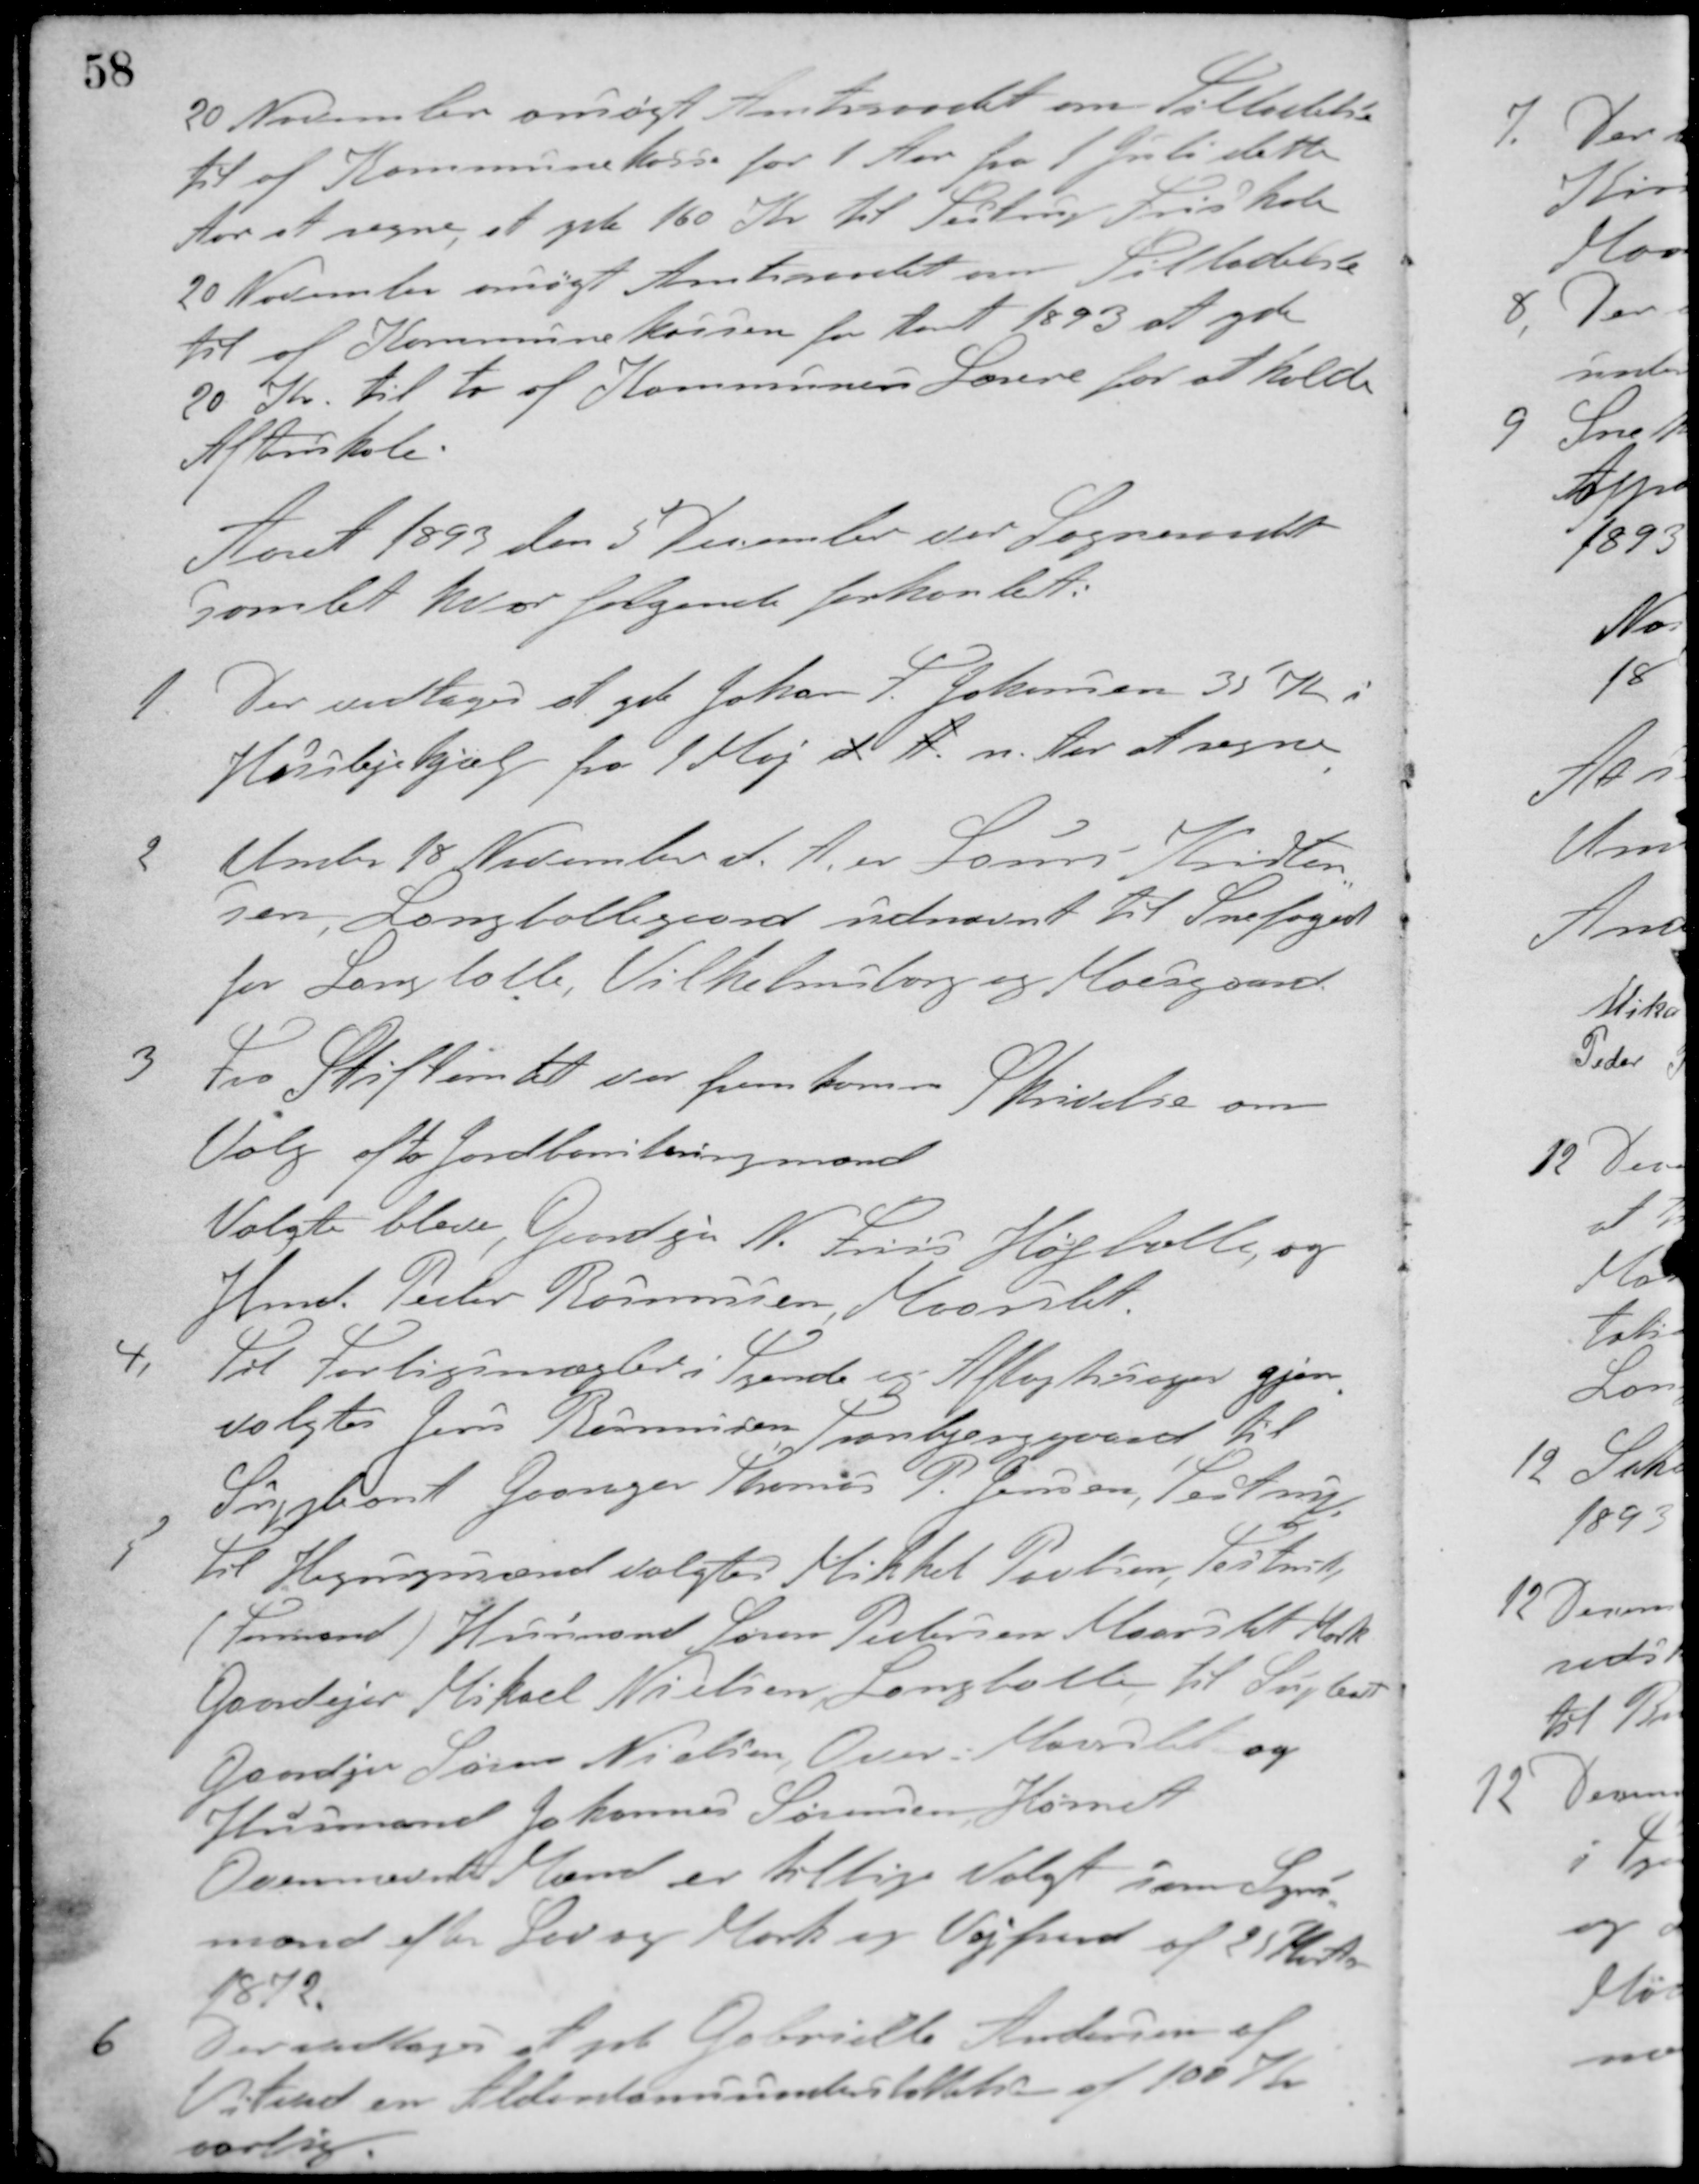
Transskription:
20 November ansøgt Amtraadet om Tilladelse
til af Kommunekasse for 1 Aar fra 1 Juli dette
Aar at regne, at yde 160 Kr. til Testrup Friskole
20 November ansøgt Amtsraadet om Tilladelse
til af Kommunekassen for Aaret 1893 at yde
20 Kr. til to af Kommunens Lærere for at holde
Aftenskole.
Aaret 1893 den 5 December var Sogneraadet
samlet hvor følgende forhandlet:
1 Der vedtoges at yde Johan F. Johansen 35 Kr. i
Huslejehjælp fra 1 Maj d. A. n. Aar at regne
2 Under 18 November d. A. er Laurs Kristen-
sen, Langballegaard udnævnt til Snefoged
for Langballe, Vilhelmsborg og Moesgaard
3 Fra Stiftamtet var fremkommen
Skrivelse om
Valg af to Jordboniteringsmænd
Valgte bleve, Gaardejer N. Friis Højballe, og
Hmd. Peder Rasmussen, Maarslet
4 Til Forligsmægler i Tyende og Aftægtssager gjen-
valgtes Jens Rasmussen Tranbjerggaard til
Suppleant Gaardejer Thomas P. Jensen, Testrup,
5 Til Hegnsynsmænd valgtes Mikkel Poulsen, Testrup
(Formand) Husmand Søren Pedersen Maarslet Mark
Gaardejer Mikael Nielsen, Langballe, til Supleant
Gaardejer Søren Nielsen, Over Maarslet og
Husmand Johannes Sørensen, Hørret
Ovennævnte Mænd er tillige Valgt som Syns-
mænd efter Lov og Mark og Vejfred af 25 Marts
1872
6 Der vedtoges at yde Gabrielle Andersen af
Vitend en Alderdomsunderstøttelse af 100 Kr.
aarlig.